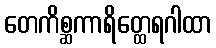
တေကိစ္ဆကာရိတ္ထေရဂါထာ